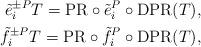
LaTeX: \begin{align*}\Tilde{e}_{i}^{\pm P}T=\mathrm{PR}\circ\Tilde{e}_{i}^{P}\circ \mathrm{DPR}(T), \\\Tilde{f}_{i}^{\pm P}T=\mathrm{PR}\circ\Tilde{f}_{i}^{P}\circ \mathrm{DPR}(T) ,\end{align*}